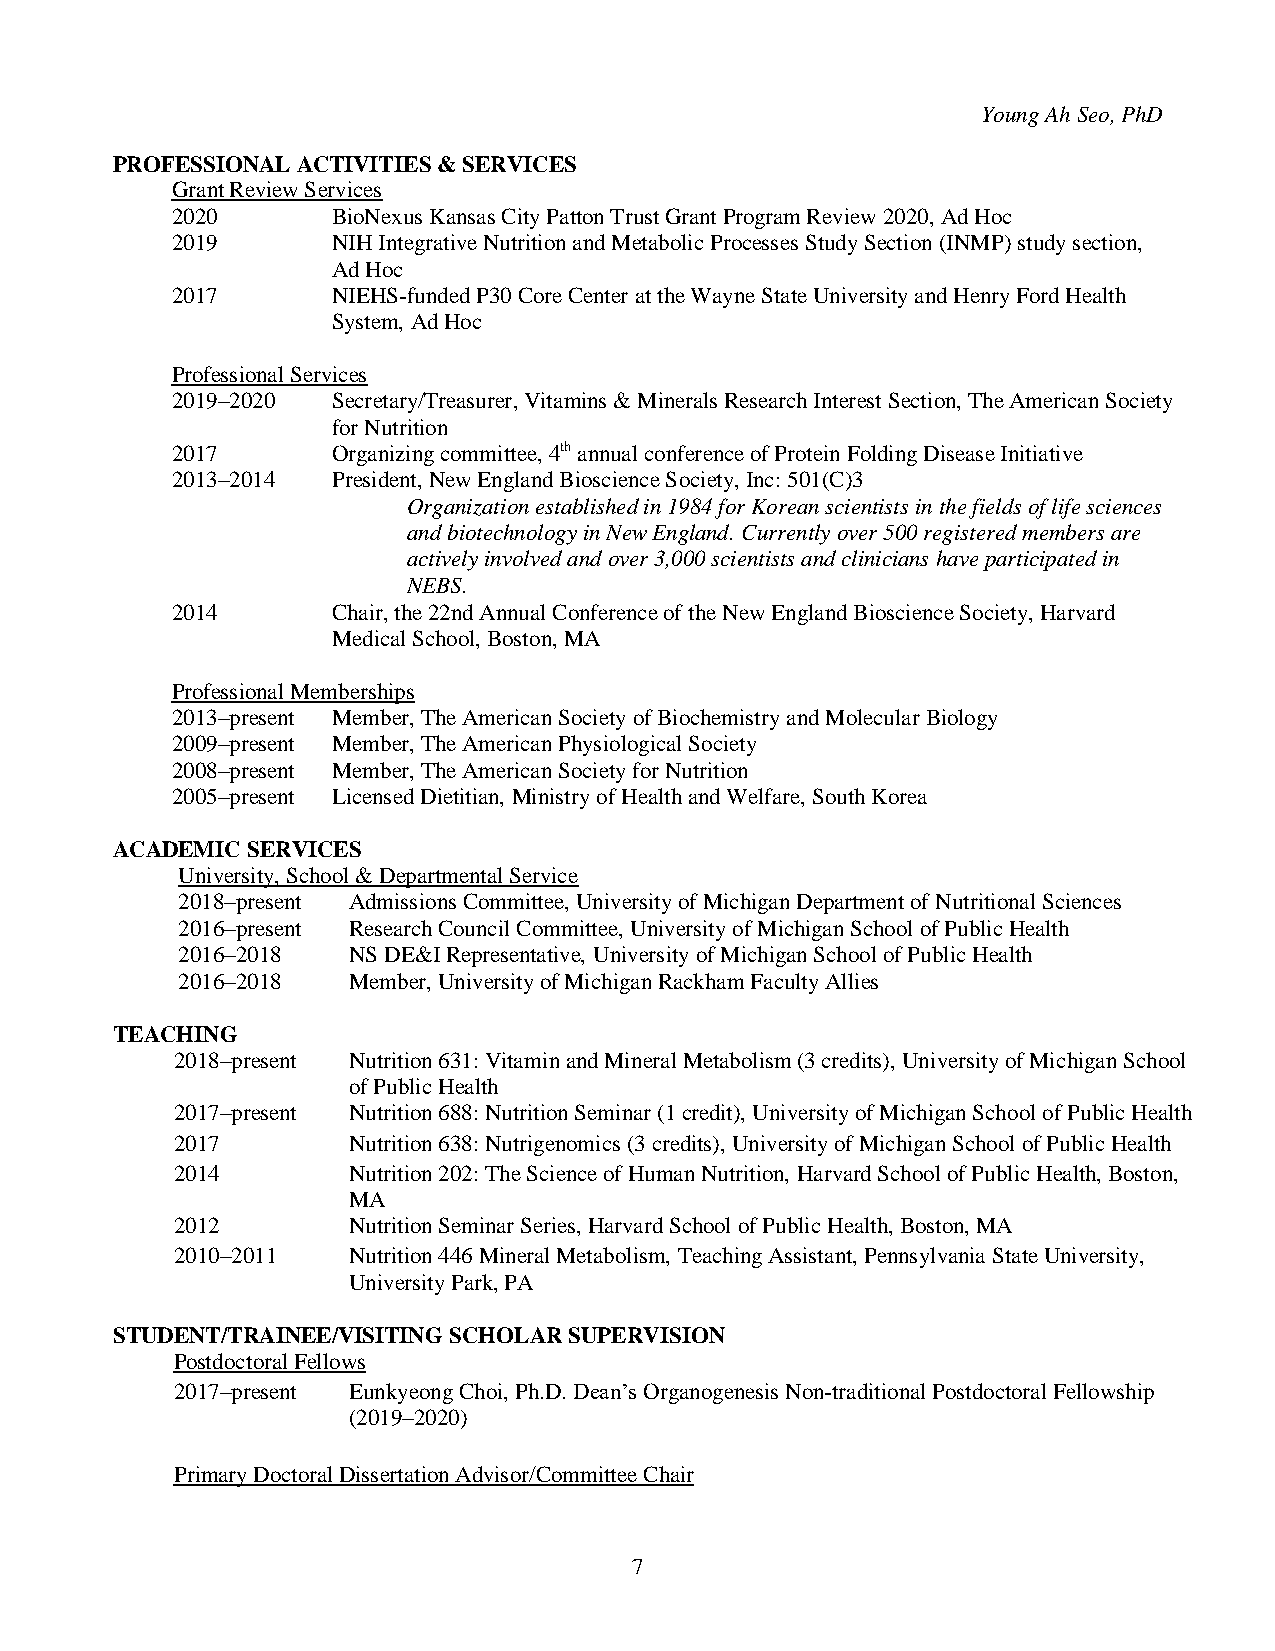
Young Ah Seo, PhD
 PROFESSIONAL ACTIVITIES & SERVICES
 Grant Review Services
 2020       BioNexus Kansas City Patton Trust Grant Program Review 2020, Ad Hoc
 2019       NIH Integrative Nutrition and Metabolic Processes Study Section (INMP) study section,
 Ad Hoc
 2017       NIEHS-funded P30 Core Center at the Wayne State University and Henry Ford Health
 System, Ad Hoc
 Professional Services
 2019–2020  Secretary/Treasurer, Vitamins & Minerals Research Interest Section, The American Society
 for Nutrition
 2017       Organizing committee, 4th annual conference of Protein Folding Disease Initiative
 2013–2014  President, New England Bioscience Society, Inc: 501(C)3
 Organization established in 1984 for Korean scientists in the fields of life sciences
 and biotechnology in New England. Currently over 500 registered members are
 actively involved and over 3,000 scientists and clinicians have participated in
 NEBS.
 2014       Chair, the 22nd Annual Conference of the New England Bioscience Society, Harvard
 Medical School, Boston, MA
 Professional Memberships
 2013–present Member, The American Society of Biochemistry and Molecular Biology
 2009–present Member, The American Physiological Society
 2008–present Member, The American Society for Nutrition
 2005–present Licensed Dietitian, Ministry of Health and Welfare, South Korea
 ACADEMIC SERVICES
 University, School & Departmental Service
 2018–present Admissions Committee, University of Michigan Department of Nutritional Sciences
 2016–present Research Council Committee, University of Michigan School of Public Health
 2016–2018  NS DE&I Representative, University of Michigan School of Public Health
 2016–2018  Member, University of Michigan Rackham Faculty Allies
 TEACHING
 2018–present Nutrition 631: Vitamin and Mineral Metabolism (3 credits), University of Michigan School
 of Public Health
 2017–present Nutrition 688: Nutrition Seminar (1 credit), University of Michigan School of Public Health
 2017        Nutrition 638: Nutrigenomics (3 credits), University of Michigan School of Public Health
 2014        Nutrition 202: The Science of Human Nutrition, Harvard School of Public Health, Boston,
 MA
 2012        Nutrition Seminar Series, Harvard School of Public Health, Boston, MA
 2010–2011   Nutrition 446 Mineral Metabolism, Teaching Assistant, Pennsylvania State University,
 University Park, PA
 STUDENT/TRAINEE/VISITING SCHOLAR SUPERVISION
 Postdoctoral Fellows
 2017–present Eunkyeong Choi, Ph.D. Dean’s Organogenesis Non-traditional Postdoctoral Fellowship
 (2019–2020)
 Primary Doctoral Dissertation Advisor/Committee Chair
 7